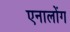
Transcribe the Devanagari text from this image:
एनालोंग